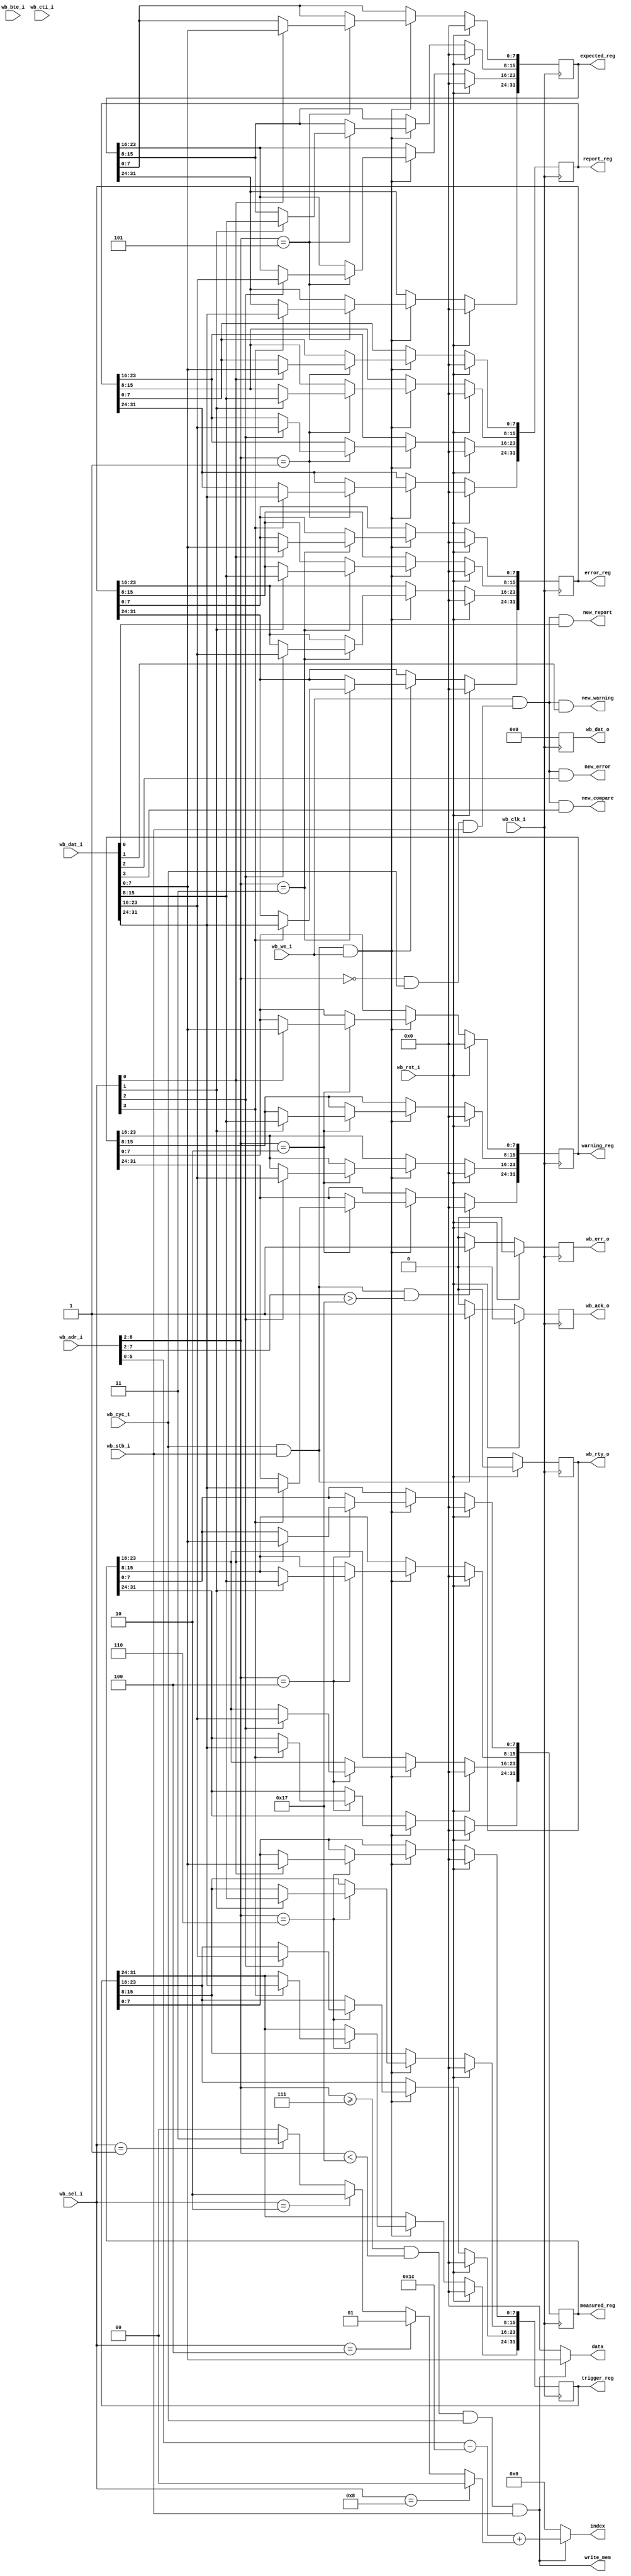
module fw_interface_wb (/*AUTOARG*/
   // Outputs
   wb_ack_o, wb_rty_o, wb_err_o, wb_dat_o, new_report, new_warning,
   new_error, new_compare, report_reg, warning_reg, error_reg,
   expected_reg, measured_reg, trigger_reg, write_mem, data, index,
   // Inputs
   wb_clk_i, wb_rst_i, wb_adr_i, wb_dat_i, wb_sel_i, wb_we_i,
   wb_bte_i, wb_cti_i, wb_cyc_i, wb_stb_i
   ) ;

   //
   // Wishbone Interface
   //
   input wire	   wb_clk_i;
   input wire      wb_rst_i;
   
   input wire [31:0] wb_adr_i;
   input wire [31:0] wb_dat_i;
   input wire [3:0]  wb_sel_i;
   input wire        wb_we_i;
   input wire [1:0]  wb_bte_i;
   input wire [2:0]  wb_cti_i;
   input wire        wb_cyc_i;
   input wire        wb_stb_i;
   
   output reg        wb_ack_o;
   output reg        wb_rty_o;   
   output reg        wb_err_o;
   output reg [31:0] wb_dat_o;

   output wire       new_report;
   output wire       new_warning;
   output wire       new_error;
   output wire       new_compare;
   
   
   output reg [31:0] report_reg;
   output reg [31:0] warning_reg;
   output reg [31:0] error_reg;
   output reg [31:0] expected_reg;
   output reg [31:0] measured_reg;
   output reg [31:0] trigger_reg;
   output wire       write_mem;
   output wire [7:0] data;
   output wire [5:0] index;
   

`define CONTROL_REG_OFFSET  6'h00  // 0x00
`define REPORT_REG_OFFSET   6'h01  // 0x04 >> 2
`define WARNING_REG_OFFSET  6'h02  // 0x08 >> 2
`define ERROR_REG_OFFSET    6'h03  // 0x0C >> 2
`define MEASURED_REG_OFFSET 6'h04  // 0x10 >> 2
`define EXPECTED_REG_OFFSET 6'h05  // 0x14 >> 2
`define TRIGGER_REG_OFFSET  6'h06  // 0x18 >> 2
`define MEMORY_OFFSET       6'h07  // 0x1C >> 2
`define MEMORY_END          6'h17  // 0x5C >> 2
   
   /*AUTOREG*/
   /*AUTOWIRE*/
   wire [6:0]        word_addr = wb_adr_i[8:2];   
   wire              control_reg_enable  = (wb_adr_i[8:2] == `CONTROL_REG_OFFSET) & wb_cyc_i & wb_stb_i;
   wire [7:0]        index_sel_offset;
   
   //
   // Control Signals for String Memory in logic block
   //
   assign write_mem = ((wb_adr_i[8:2] >= `MEMORY_OFFSET) && (wb_adr_i[8:2] < `MEMORY_END)) & wb_cyc_i & wb_stb_i;
   assign data      = (write_mem) ? wb_dat_i[7:0] : 0;
   assign index_sel_offset = (wb_sel_i == 4'h08)  ? 8'h00:
                             (wb_sel_i == 4'h04)  ? 8'h01:
                             (wb_sel_i == 4'h02)  ? 8'h02:
                             (wb_sel_i == 4'h01)  ? 8'h03:
                             0;
   wire [5:0]        sub = wb_adr_i[7:0] - (`MEMORY_OFFSET  <<2);

   //
   // FIXME: This is very annoying....
   //
`ifdef WISHBONE_CPU_LM32
   assign index     = (write_mem) ? wb_adr_i[7:0] - (`MEMORY_OFFSET  <<2) /*+ index_sel_offset*/ : 0;
`else
   assign index     = (write_mem) ? wb_adr_i[7:0] - (`MEMORY_OFFSET  <<2) + index_sel_offset : 0;
`endif
   

   //
   // Detect a new message
   //
   assign new_report  = (wb_we_i & control_reg_enable & wb_dat_i[0]);
   assign new_warning = (wb_we_i & control_reg_enable & wb_dat_i[1]);
   assign new_error   = (wb_we_i & control_reg_enable & wb_dat_i[2]);
   assign new_compare = (wb_we_i & control_reg_enable & wb_dat_i[3]);
     
   //
   // Wishbone Response
   //
   always @(posedge wb_clk_i)
     if (wb_rst_i) begin
        wb_ack_o <= 1'b0;
        wb_err_o <= 1'b0;
        wb_rty_o <= 1'b0;  
        
     end else begin
        //
        // If we address beyond the end of memory, that is an ERROR
        //
        if ((wb_cyc_i & wb_stb_i) & (wb_adr_i[7:2] > `MEMORY_END)) begin
           wb_err_o <= 1;           
        end else begin
           wb_err_o <= 0;           
        end

        //
        // We always respond in a single cycle, so ack on
        // cycle and strobe
        //
        if (wb_cyc_i & wb_stb_i) begin
           wb_ack_o <= 1;           
        end else begin
           wb_ack_o <= 0;           
        end
     end // else: !if(wb_rst_i)   
   
   //
   // Register Write Logic
   //
   always @(posedge wb_clk_i)
     if (wb_rst_i) begin
        report_reg   <= 0;
        warning_reg  <= 0;
        error_reg    <= 0;
        expected_reg <= 0;
        measured_reg <= 0;   
        trigger_reg  <= 0;        
     end else begin
        if (wb_cyc_i & wb_stb_i & wb_we_i) begin
           case (wb_adr_i[8:2])
             `REPORT_REG_OFFSET:begin
                report_reg[07:00] <= wb_sel_i[0] ? wb_dat_i[07:00] : report_reg[07:00];
                report_reg[15:08] <= wb_sel_i[1] ? wb_dat_i[15:08] : report_reg[15:08];
                report_reg[23:16] <= wb_sel_i[2] ? wb_dat_i[23:16] : report_reg[23:16];
                report_reg[31:24] <= wb_sel_i[3] ? wb_dat_i[31:24] : report_reg[31:24];
             end
             
             `WARNING_REG_OFFSET:begin
                warning_reg[07:00] <= wb_sel_i[0] ? wb_dat_i[07:00] : warning_reg[07:00];
                warning_reg[15:08] <= wb_sel_i[1] ? wb_dat_i[15:08] : warning_reg[15:08];
                warning_reg[23:16] <= wb_sel_i[2] ? wb_dat_i[23:16] : warning_reg[23:16];
                warning_reg[31:24] <= wb_sel_i[3] ? wb_dat_i[31:24] : warning_reg[31:24];
             end

             `ERROR_REG_OFFSET:begin
                error_reg[07:00] <= wb_sel_i[0] ? wb_dat_i[07:00] : error_reg[07:00];
                error_reg[15:08] <= wb_sel_i[1] ? wb_dat_i[15:08] : error_reg[15:08];
                error_reg[23:16] <= wb_sel_i[2] ? wb_dat_i[23:16] : error_reg[23:16];
                error_reg[31:24] <= wb_sel_i[3] ? wb_dat_i[31:24] : error_reg[31:24];
             end

             `MEASURED_REG_OFFSET:begin
                measured_reg[07:00] <= wb_sel_i[0] ? wb_dat_i[07:00] : measured_reg[07:00];
                measured_reg[15:08] <= wb_sel_i[1] ? wb_dat_i[15:08] : measured_reg[15:08];
                measured_reg[23:16] <= wb_sel_i[2] ? wb_dat_i[23:16] : measured_reg[23:16];
                measured_reg[31:24] <= wb_sel_i[3] ? wb_dat_i[31:24] : measured_reg[31:24];
             end

             `EXPECTED_REG_OFFSET:begin
                expected_reg[07:00] <= wb_sel_i[0] ? wb_dat_i[07:00] : expected_reg[07:00];
                expected_reg[15:08] <= wb_sel_i[1] ? wb_dat_i[15:08] : expected_reg[15:08];
                expected_reg[23:16] <= wb_sel_i[2] ? wb_dat_i[23:16] : expected_reg[23:16];
                expected_reg[31:24] <= wb_sel_i[3] ? wb_dat_i[31:24] : expected_reg[31:24];
             end  
           
             `TRIGGER_REG_OFFSET:begin
                trigger_reg[07:00] <= wb_sel_i[0] ? wb_dat_i[07:00] : trigger_reg[07:00];
                trigger_reg[15:08] <= wb_sel_i[1] ? wb_dat_i[15:08] : trigger_reg[15:08];
                trigger_reg[23:16] <= wb_sel_i[2] ? wb_dat_i[23:16] : trigger_reg[23:16];
                trigger_reg[31:24] <= wb_sel_i[3] ? wb_dat_i[31:24] : trigger_reg[31:24];
             end               
           endcase // case (wb_adr_i[7:2])           
        end // if (wb_cyc_i & wb_stb_i & wb_we_i)        
     end // else: !if(wb_rst_i)
   

   //
   // Register Read Logic
   //
   always @(posedge wb_clk_i)
     if (wb_rst_i) begin
        wb_dat_o <= 0;        
     end else begin
        if (wb_cyc_i & wb_stb_i & ~wb_we_i) begin
           case (wb_adr_i[7:2])
             `REPORT_REG_OFFSET:   wb_dat_o <= report_reg;
             `WARNING_REG_OFFSET:  wb_dat_o <= warning_reg;
             `ERROR_REG_OFFSET:    wb_dat_o <= error_reg;
             `MEASURED_REG_OFFSET: wb_dat_o <= measured_reg;
             `EXPECTED_REG_OFFSET: wb_dat_o <= expected_reg;
             `TRIGGER_REG_OFFSET: wb_dat_o <= trigger_reg;
             default: wb_dat_o <= 0;             
           endcase // case (wb_adr_i[7:2])           
        end begin
           wb_dat_o <= 0;           
        end        
     end   
   
endmodule